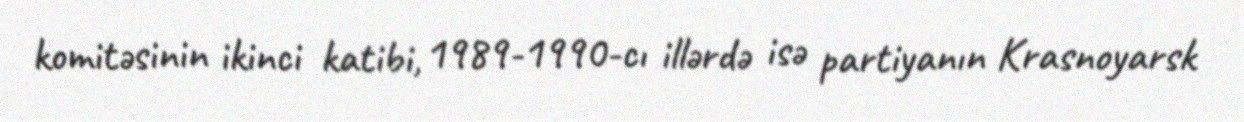
komitəsinin ikinci katibi, 1989-1990-cı illərdə isə partiyanın Krasnoyarsk